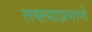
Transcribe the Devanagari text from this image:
तक्त्याप्रमाणे